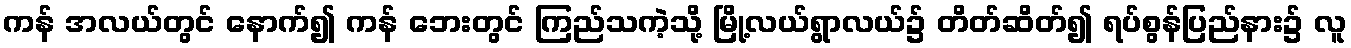
ကန် အလယ်တွင် နောက်၍ ကန် ဘေးတွင် ကြည်သကဲ့သို့ မြို့လယ်ရွာလယ်၌ တိတ်ဆိတ်၍ ရပ်စွန်ပြည်နား၌ လူ